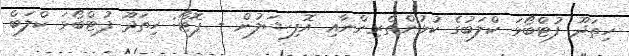
ހިތަދޫ ފުޓްބޯޅަ ކްލަބުގެ ކުޅުންތެރިންނާއި އޮފިޝަލުން - ފޮޓޯ: ހިތަދޫ ފުޓްބޯޅަ ކްލަބް